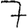
Digit: 7